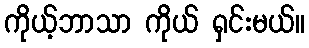
ကိုယ့်ဘာသာ ကိုယ် ရှင်းမယ်။